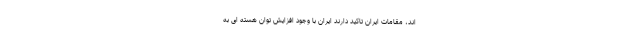
اند، مقامات ایران تاکید دارند ایران با وجود افزایش توان هسته ای به